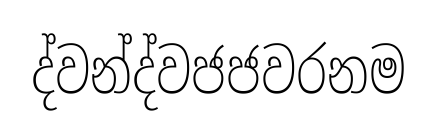
ද්වන්ද්වජජවරනම